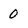
Character: 0